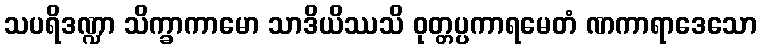
သပရိဒဏ္ဍာ သိက္ခာကာမော သာဒိယိဿသိ ဝုတ္တပ္ပကာရမေတံ ဏကာရာဒေသော